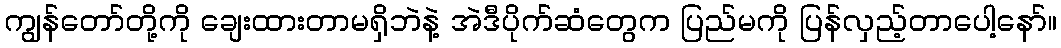
ကျွန်တော်တို့ကို ချေးထားတာမရှိဘဲနဲ့ အဲဒီပိုက်ဆံတွေက ပြည်မကို ပြန်လှည့်တာပေါ့နော်။